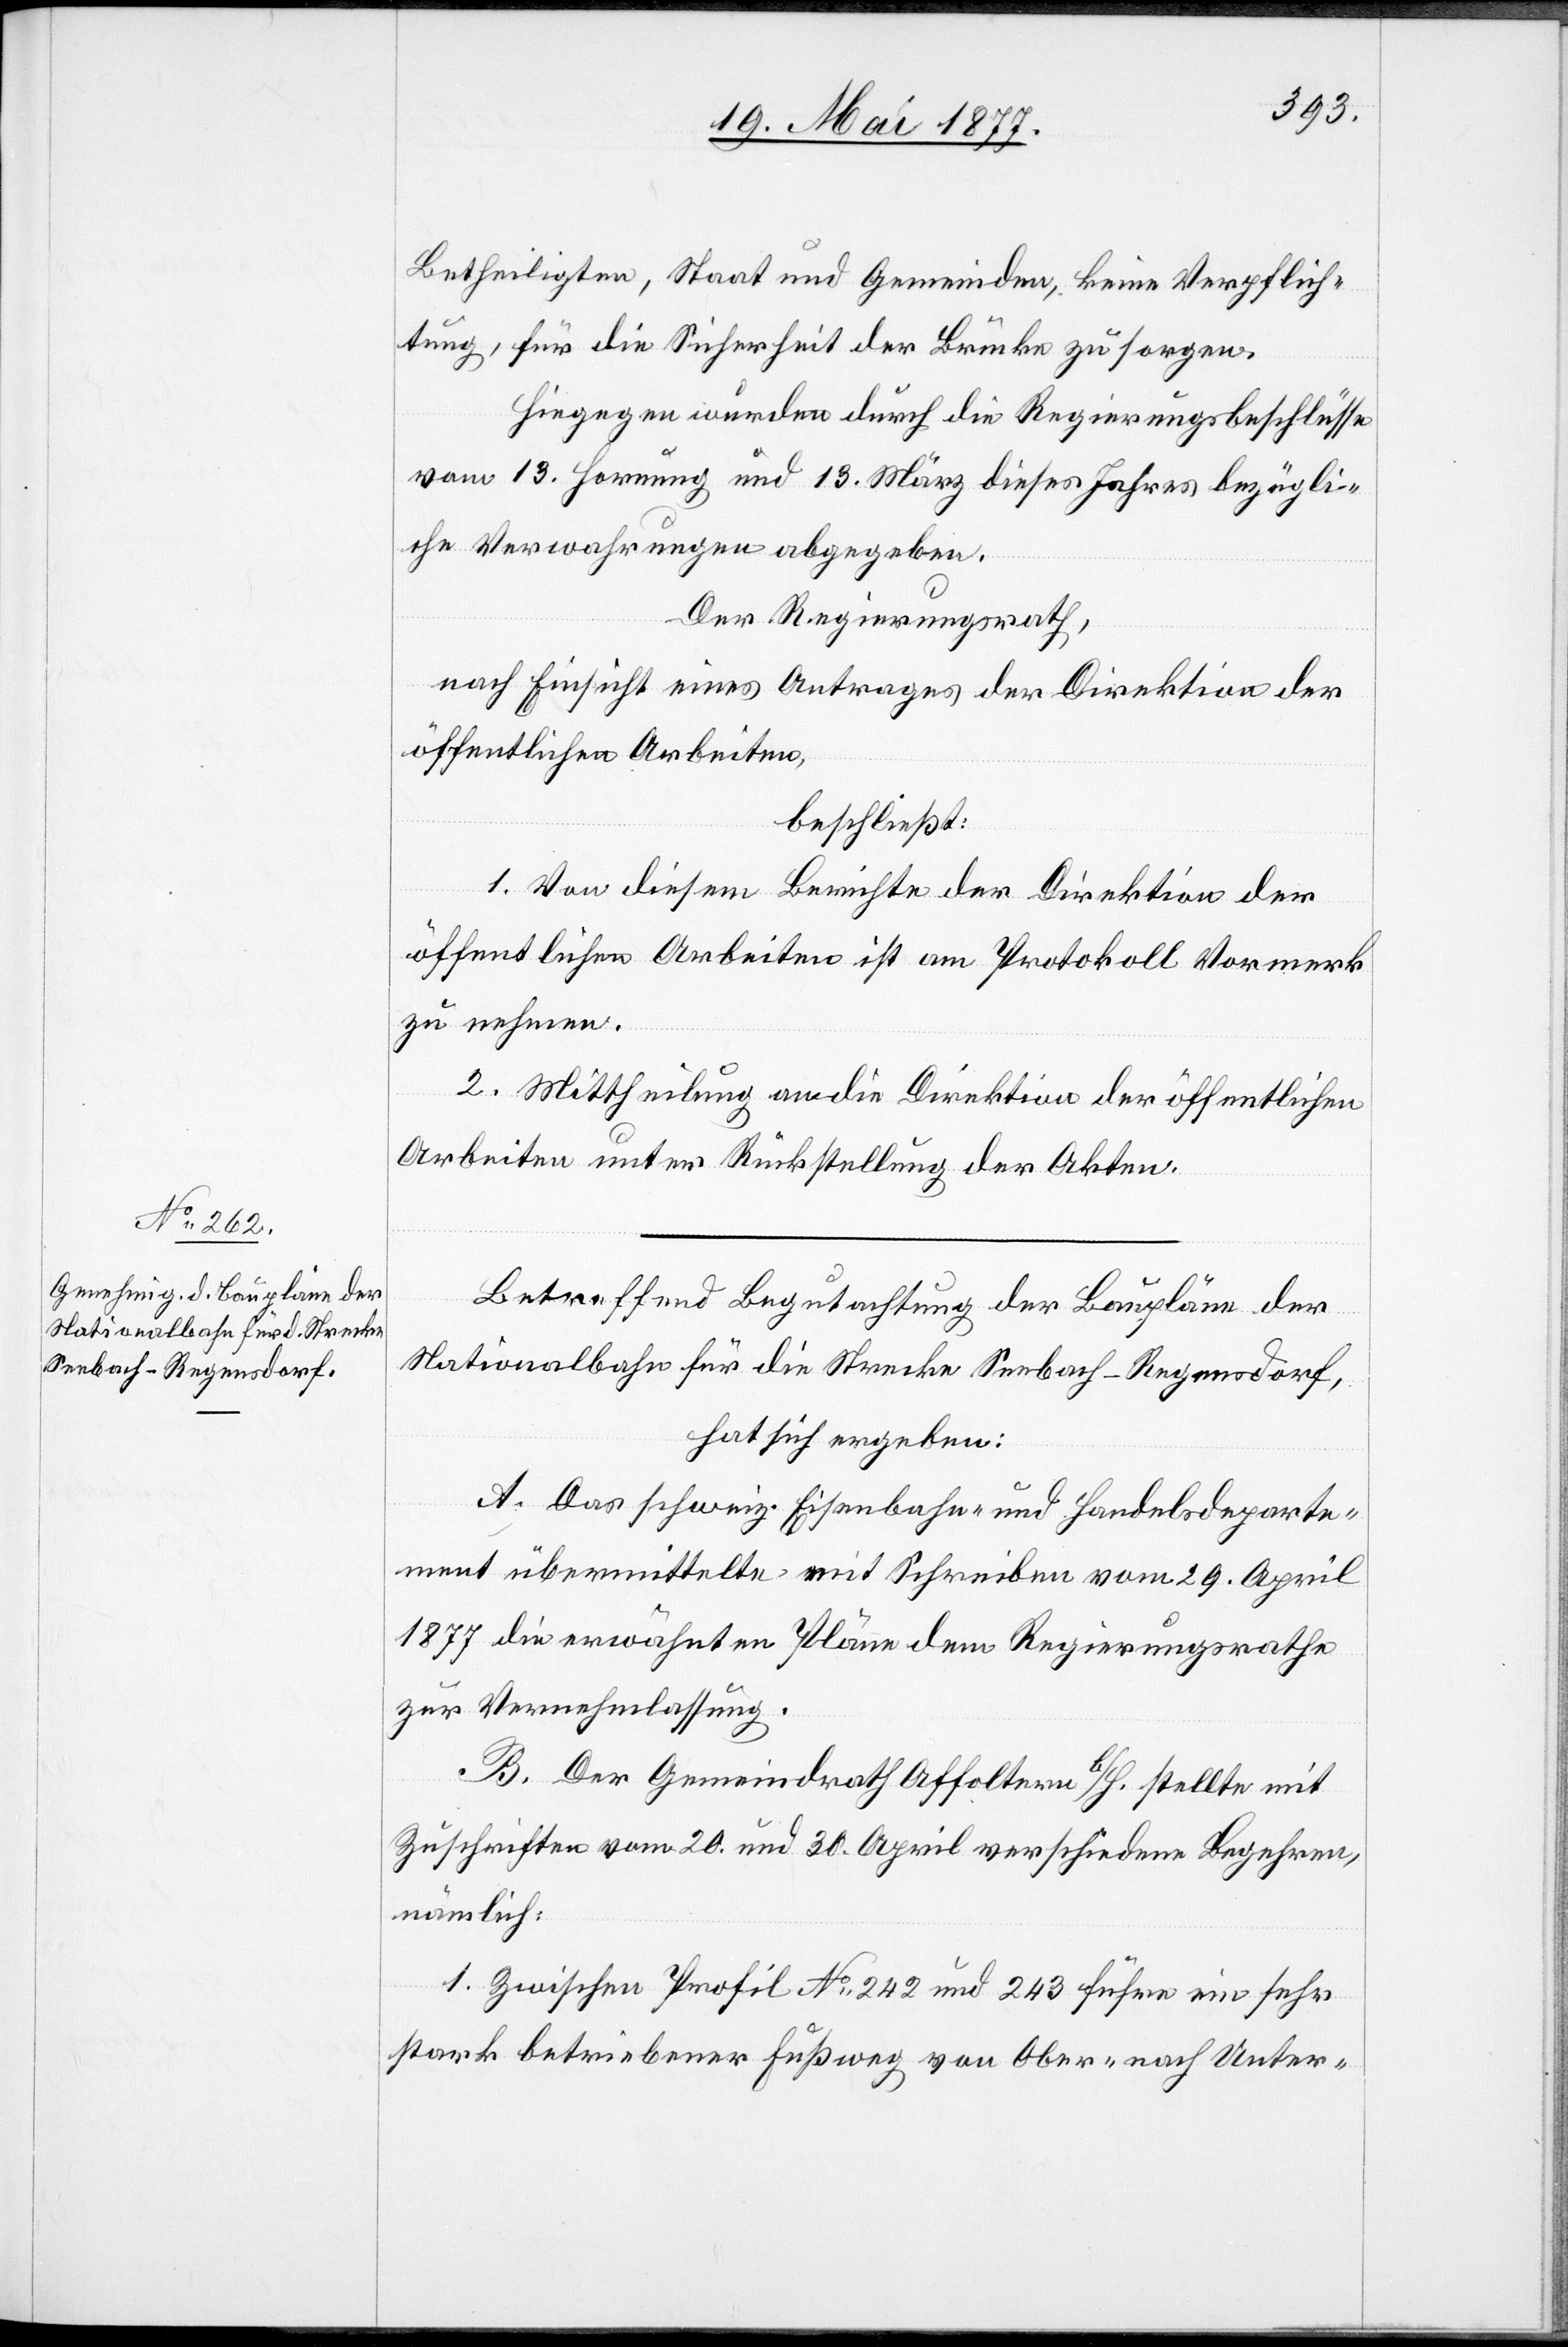
Betheiligten, Staat und Gemeinden, keine Verpflich¬
tung, für die Sicherheit der Brücke zu sorgen.
Hiegegen wurden durch die Regierungsbeschlüsse
vom 13. Hornung und 13. März dieses Jahres bezügli¬
che Verwahrungen abgegeben.
Der Regierungsrath,
nach Einsicht eines Antrages der Direktion der
öffentlichen Arbeiten,
beschließt:
1. Von diesem Berichte der Direktion der
öffentlichen Arbeiten ist am Protokoll Vormerk
men.
2. Mittheilung an die Direktion der öffentlichen
Arbeiten unter Rückstellung der Akten.
Betreffend Begutachtung der Baupläne der
Nationalbahn für die Strecke Seebach–Regensdorf,
hat sich ergeben:
A. Das schweiz. Eisenbahn- und Handelsdeparte¬
ment übermittelte mit Schreiben vom 29. April
1877 die erwähnten Pläne dem Regierungsrathe
zur Vernehmlassung.
B. Der Gemeindrath Affoltern b/H. stellte mit
Zuschriften vom 20. und 30 April verschiedene Begehren,
nämlich:
1. Zwischen Profil No 242 und 243 führe ein sehr
stark betriebener Fußweg von Ober- nach Unter-